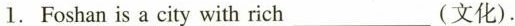
1. Foshan is a city with rich___ (文化).